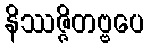
နိဿဇ္ဇိတဗ္ဗပေ